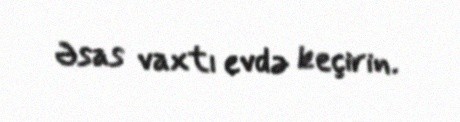
Əsas vaxtı evdə keçirin.